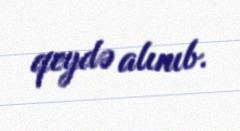
qeydə alınıb.